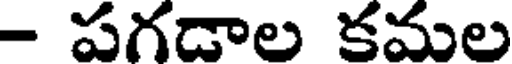
- పగడాల కమల